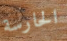
الحارسة